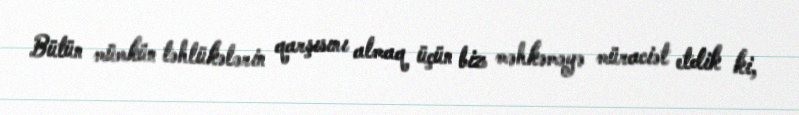
Bütün mümkün təhlükələrin qarşısını almaq üçün biz məhkəməyə müraciət etdik ki,